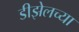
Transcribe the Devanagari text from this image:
डीझेलच्या